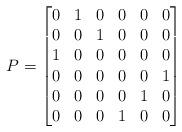
LaTeX: \begin{align*}P=\begin{bmatrix}0 & 1 & 0 & 0 & 0 & 0 \\0 & 0 & 1 & 0 & 0 & 0 \\1 & 0 & 0 & 0 & 0 & 0 \\0 & 0 & 0 & 0 & 0 & 1 \\0 & 0 & 0 & 0 & 1 & 0 \\0 & 0 & 0 & 1 & 0 & 0 \\\end{bmatrix}\end{align*}